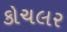
કોચલર